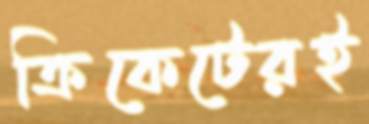
ক্রিকেটেরই